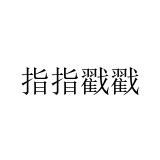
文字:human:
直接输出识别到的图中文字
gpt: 指指戳戳